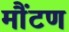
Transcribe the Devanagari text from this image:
मौंटण